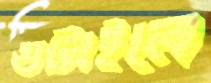
গুটাইলে